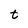
Character: t